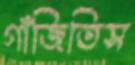
গাঁজিতিস